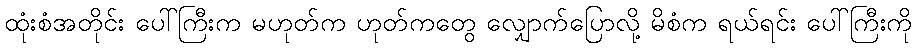
ထုံးစံအတိုင်း ပေါ်ကြီးက မဟုတ်က ဟုတ်ကတွေ လျှောက်ပြောလို့ မိစံက ရယ်ရင်း ပေါ်ကြီးကို